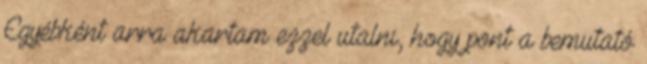
Egyébként arra akartam ezzel utalni, hogy pont a bemutató